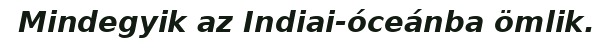
Mindegyik az Indiai-óceánba ömlik.